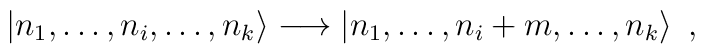
|n_{1},\dots ,n_{i},\dots ,n_{k}\rangle \longrightarrow |n_{1},\dots ,n_{i}+m,\dots ,n_{k}\rangle \, \, \, ,